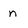
Character: n